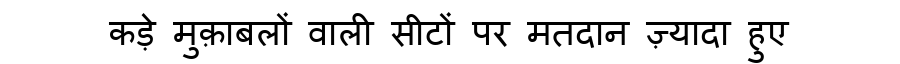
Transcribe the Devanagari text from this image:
कड़े मुक़ाबलों वाली सीटों पर मतदान ज़्यादा हुए